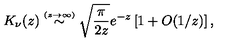
K _ { \nu } ( z ) \stackrel { \scriptscriptstyle ( z \rightarrow \infty ) } { \sim } \sqrt { \frac { \pi } { 2 z } } e ^ { - z } \left[ 1 + O ( 1 / z ) \right] ,